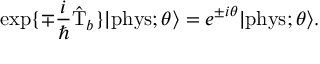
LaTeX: \exp \{ \mp \frac { i } { \hbar } \hat { \mathrm { T } } _ { b } \} | \mathrm { p h y s } ; \theta \rangle = e ^ { \pm i \theta } | \mathrm { p h y s } ; \theta \rangle .